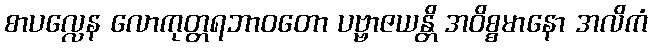
စာပလ္လေန လောကုတ္တရဘာဝတော ပဗ္ဗာဇယန္တိ အဝိစ္စမာနော အလိကံ